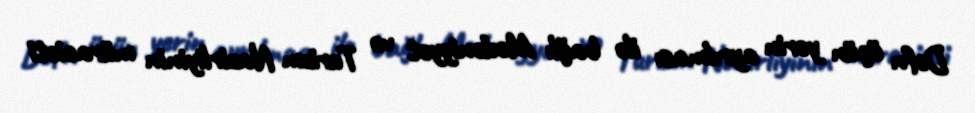
Dəfn üçün yerin ayrılması ilə bağlı Mədəniyyət və Turizm Nazirliyinin müraciəti